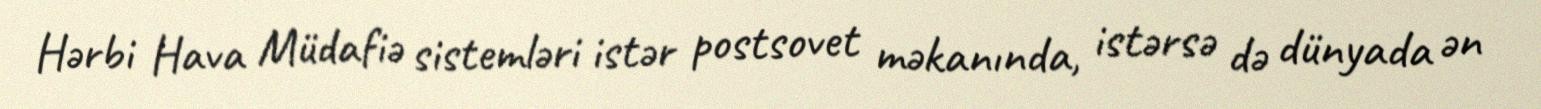
Hərbi Hava Müdafiə sistemləri istər postsovet məkanında, istərsə də dünyada ən